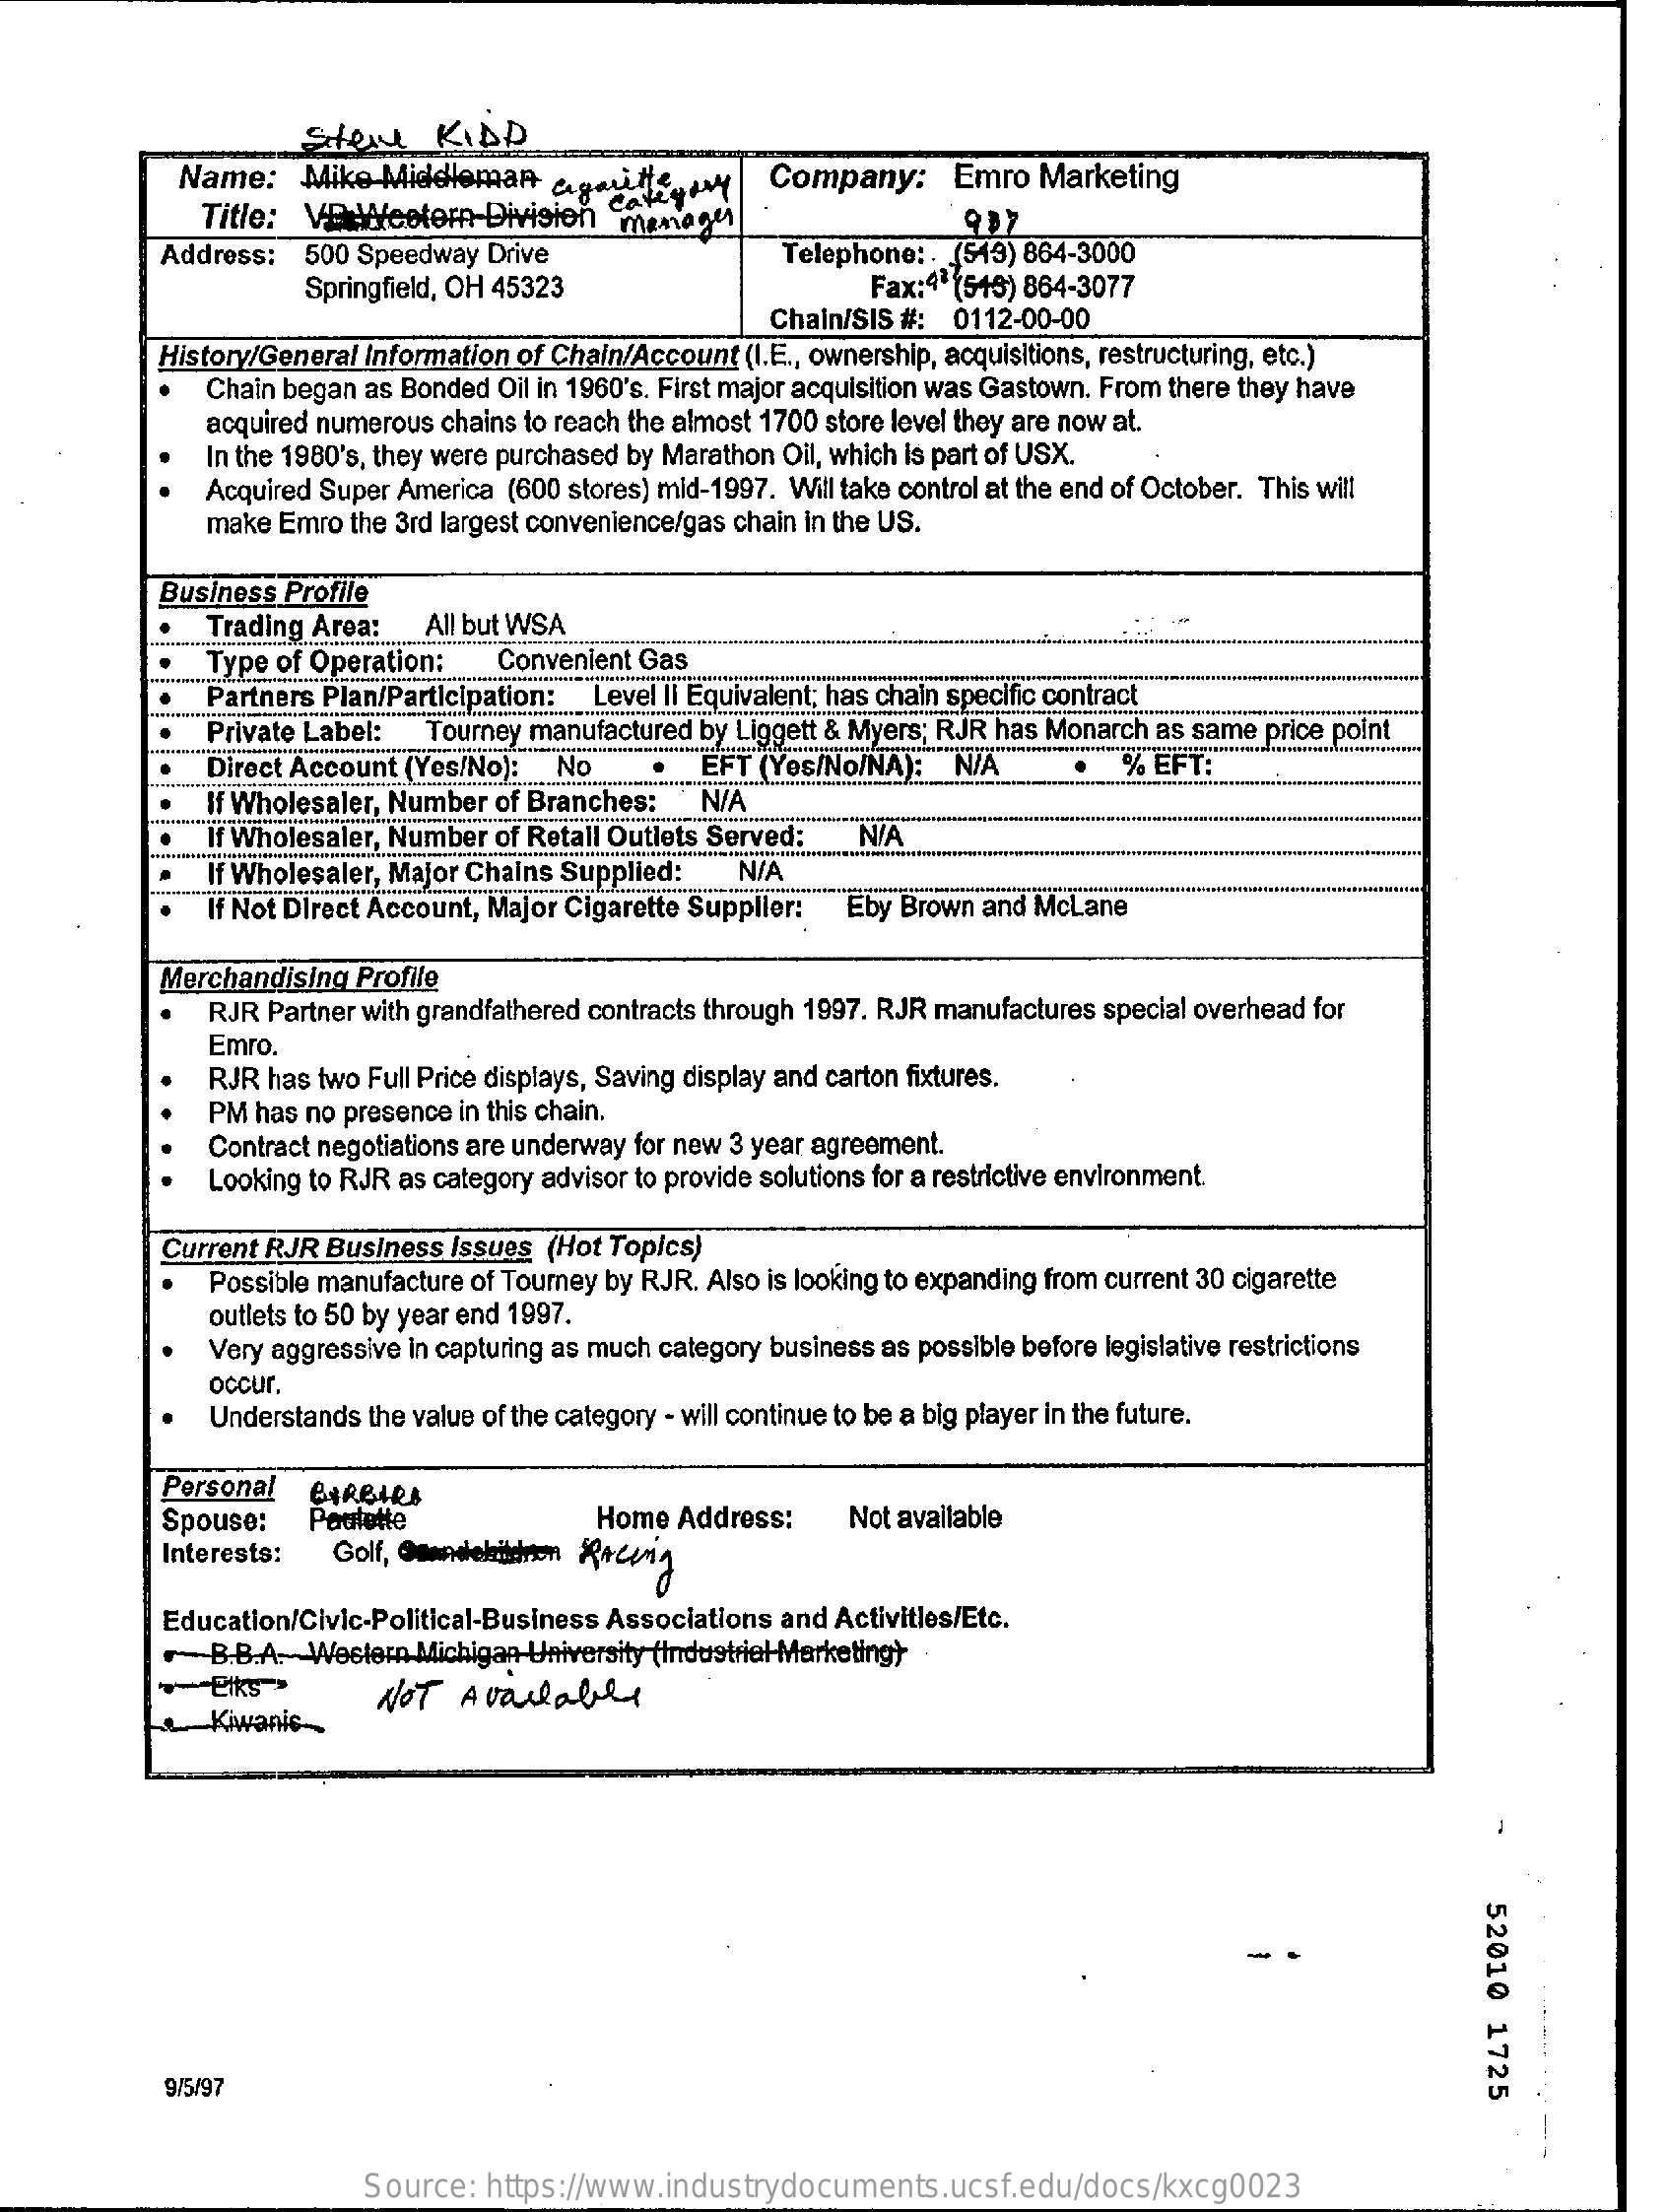
Stere    KIDD
     Name:    Miko  Middleman    cuga category    Company:    Emro   Marketing
     Title: VEcetern-Division_monagu
     Telephone  :. (519) 864-3000
     937
     Address:   500  Speedway Drive
     Springfield, OH 45323    Fax:41(548) 864-3077
     Chain/SIS #:  0112-00-00
     History/General Information of Chain/Account (I.E ., ownership, acquisitions, restructuring, etc.)
     Chain began as Bonded Oil in 1960's. First major acquisition was Gastown. From there they have
     acquired numerous chains to reach the almost 1700 store level they are now at.
     In the 1980's, they were purchased by Marathon Oil, which is part of USX.
     Acquired Super America (600 stores) mid-1997. Will take control at the end of October. This will
     make Emro  the 3rd largest convenience/gas chain in the US.
     Business Profile
     Trading Area:    All but WSA
     Type of Operation:    Convenient Gas
     .   Partners Plan/Participation:  Level Il Equivalent; has chain specific contract
     Private Label:   Tourney manufactured by Liggett & Myers; RJR has Monarch as same price point
     Direct Account (Yes/No):  No    EFT (Yes/No/NA):   N/A    % EFT:
     If Wholesaler, Number of Branches:    N/A
     If Wholesaler, Number of Retall Outlets Served:   N/A
     If Wholesaler, Major Chains Supplied:    N/A
     If Not Direct Account, Major Cigarette Supplier: Eby Brown  and McLane
     .........................
     Merchandising   Profile
     RJR Partner with grandfathered contracts through 1997. RJR manufactures special overhead for
     Emro.
     RJR has two Full Price displays, Saving display and carton fixtures.
     PM  has no presence in this chain.
     Contract negotiations are underway for new 3 year agreement.
     Looking to RJR as category advisor to provide solutions for a restrictive environment.
     Current RJR Business  Issues (Hot Topics)
     Possible manufacture of Tourney by RJR. Also is looking to expanding from current 30 cigarette
     outlets to 50 by year end 1997.
     Very aggressive in capturing as much category business as possible before legislative restrictions
     Understands the value of the category - will continue to be a big player in the future.
     occur.
     Personal
     Spouse:
     BARBARA
     Paulette    Home  Address:    Not available
     Interests:
     Education/Civic-Political-Business Associations and Activities/Etc.
     -- B.B.A. Western Michigan University (Industriel-Marketing)
     Elks">
     Kiwanis-
     NOT   Available
     52010
     1725
     9/5/97
     Source:  https://www.industrydocuments.ucsf.edu/docs/kxcg0023